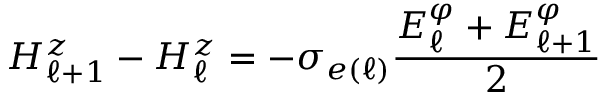
H _ { \ell + 1 } ^ { z } - H _ { \ell } ^ { z } = - \sigma _ { e ( \ell ) } \frac { E _ { \ell } ^ { \varphi } + E _ { \ell + 1 } ^ { \varphi } } { 2 }